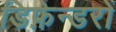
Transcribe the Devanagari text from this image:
डिफ़ेन्डरों